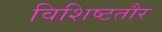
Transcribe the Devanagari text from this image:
विशिष्टतौर